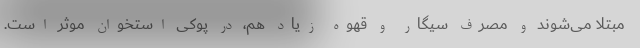
مبتلا می‌شوند و مصرف سیگار و قهوه زیاد هم، در پوکی استخوان موثر است.